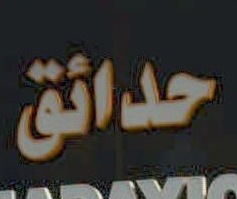
حدائق